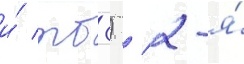
и́ тб-3) / 2-я́